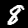
Digit: 8